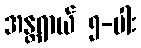
အန္တရာယ် ၅-ပါး